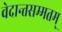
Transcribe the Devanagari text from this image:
वेदान्तसम्मतम्